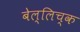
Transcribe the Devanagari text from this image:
बेल्लिच्क